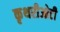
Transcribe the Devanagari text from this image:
कृथरीओटी